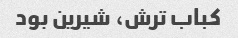
کباب ترش، شیرین بود